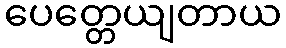
ပေတ္တေယျတာယ